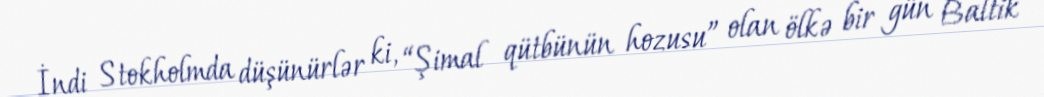
İndi Stokholmda düşünürlər ki, “Şimal qütbünün hozusu” olan ölkə bir gün Baltik